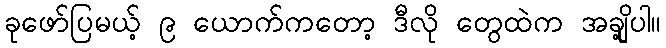
ခုဖော်ပြမယ့် ၉ ယောက်ကတော့ ဒီလို တွေထဲက အချို့ပါ။